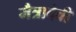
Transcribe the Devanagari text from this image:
मैत्रादेवी